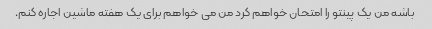
باشه من یک پینتو را امتحان خواهم کرد من می خواهم برای یک هفته ماشین اجاره کنم.